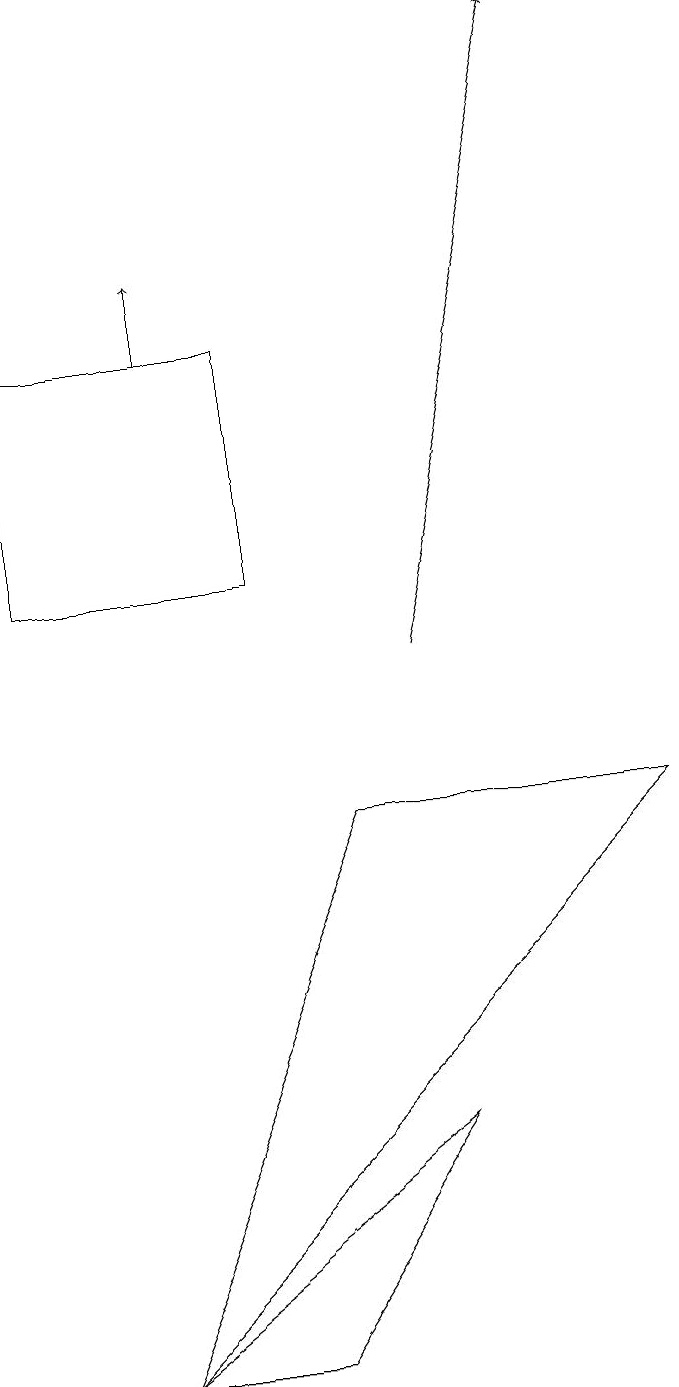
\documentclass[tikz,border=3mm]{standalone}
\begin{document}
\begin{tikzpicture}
\draw (5,5) -- (3,2) -- (1,2) -- cycle;
\draw[->] (2,15) -- (2,16);
\draw (8,9) -- (4,9) -- (1,2) -- cycle;
\draw[->] (5,11) -- (7,19);
\draw (0,15) rectangle (3,12);
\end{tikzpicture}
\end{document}